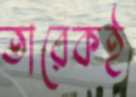
তারেকই